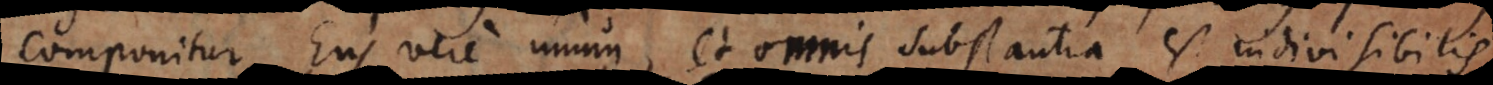
componitur Ens vere unum, et omnis substantia est indivisibilis